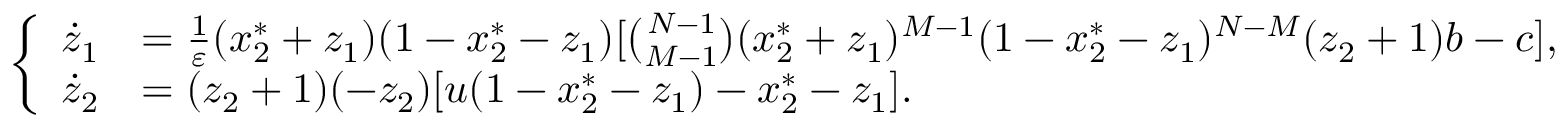
\left\{ \begin{array} { r l } { \dot { z } _ { 1 } } & { = \frac { 1 } { \varepsilon } ( x _ { 2 } ^ { * } + z _ { 1 } ) ( 1 - x _ { 2 } ^ { * } - z _ { 1 } ) [ \binom { N - 1 } { M - 1 } ( x _ { 2 } ^ { * } + z _ { 1 } ) ^ { M - 1 } ( 1 - x _ { 2 } ^ { * } - z _ { 1 } ) ^ { N - M } ( z _ { 2 } + 1 ) b - c ] , } \\ { \dot { z } _ { 2 } } & { = ( z _ { 2 } + 1 ) ( - z _ { 2 } ) [ u ( 1 - x _ { 2 } ^ { * } - z _ { 1 } ) - x _ { 2 } ^ { * } - z _ { 1 } ] . } \end{array} \right.